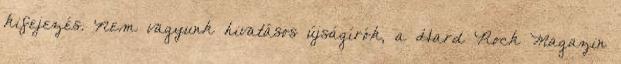
kifejezés. Nem vagyunk hivatásos újságí­rók, a Hard Rock Magazin